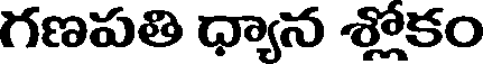
గణపతి ధ్యాన శ్లోకం